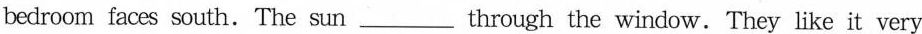
bedroom faces south. The sun___through the window. They like it very